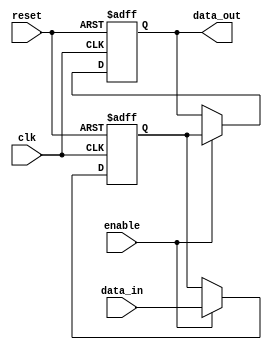
module Cascade_Bypass_Register (
    input wire clk,
    input wire reset,
    input wire enable,
    input wire [7:0] data_in,
    output reg [7:0] data_out
);

reg [7:0] register;

always @(posedge clk or posedge reset) begin
    if (reset) begin
        data_out <= 8'b0;
        register <= 8'b0;
    end else if (enable) begin
        register <= data_in;
        data_out <= register;
    end
end

endmodule